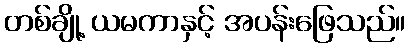
တစ်ချို့ ယမကာနှင့် အပန်းဖြေသည်။